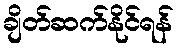
ချိတ်ဆက်နိုင်ရန်